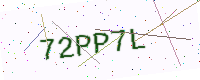
Text: 72PP7L